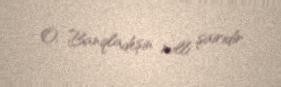
O, Banqladeşin milli şairidir.